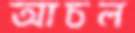
আচল